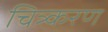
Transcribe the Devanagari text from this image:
चित्र्करण